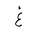
Letter: _gayn